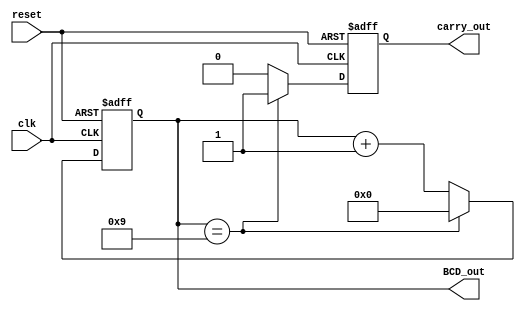
module BCD_Counter(
    input wire clk,
    input wire reset,
    output wire [3:0] BCD_out,
    output reg carry_out
);

reg [3:0] counter;

always @(posedge clk or posedge reset) begin
    if (reset) begin
        counter <= 4'b0;
        carry_out <= 1'b0;
    end else begin
        if (counter == 4'b1001) begin
            counter <= 4'b0000;
            carry_out <= 1'b1;
        end else begin
            counter <= counter + 4'b1;
            carry_out <= 1'b0;
        end
    end
end

assign BCD_out = counter;

endmodule